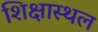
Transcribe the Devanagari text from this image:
शिक्षास्थल